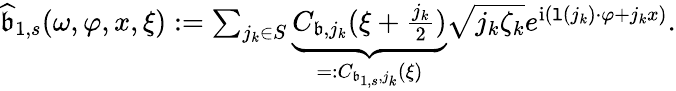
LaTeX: \begin{array}{r}{\widehat{\mathfrak{b}}_{1,s}(\omega,\varphi,x,\xi):=\sum_{j_{k}\in S}\underbrace{C_{\mathfrak{b},j_{k}}(\xi+\frac{j_{k}}2)}_{=:C_{\mathfrak{b}_{1,s},j_{k}}(\xi)}\sqrt{j_{k}\zeta_{k}}e^{\mathrm{i}(\mathtt{l}(j_{k})\cdot\varphi+j_{k}x)}.}\end{array}